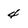
Character: 4